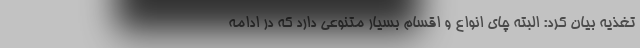
تغذیه بیان کرد: البته چای انواع و اقسام بسیار متنوعی دارد که در ادامه